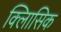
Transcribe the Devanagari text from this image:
क्लािसिक